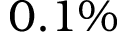
0 . 1 \%